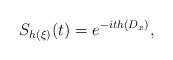
LaTeX: \begin{align*} S_{h(\xi)}(t) = e^{-ith(D_x)},\end{align*}